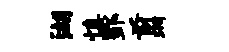
湖慎酆翦